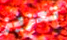
تعزيز